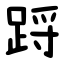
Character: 䟹